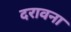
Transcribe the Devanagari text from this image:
दरावना